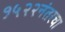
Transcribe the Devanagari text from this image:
१५२२नंतरचा